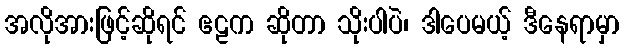
အလိုအားဖြင့်ဆိုရင် ဧဠက ဆိုတာ သိုးပါပဲ၊ ဒါပေမယ့် ဒီနေရာမှာ